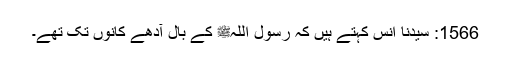
1566: سیدنا انسؓ کہتے ہیں کہ رسول اللہﷺ کے بال آدھے کانوں تک تھے۔